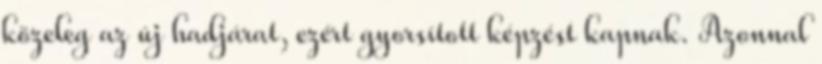
közeleg az új hadjárat, ezért gyorsított képzést kapnak. Azonnal